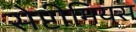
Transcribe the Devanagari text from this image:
सेप्टीमियस